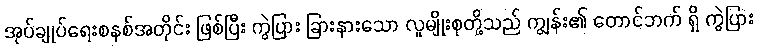
အုပ်ချုပ်ရေးစနစ်အတိုင်း ဖြစ်ပြီး ကွဲပြား ခြားနားသော လူမျိုးစုတို့သည် ကျွန်း၏ တောင်ဘက် ရှိ ကွဲပြား